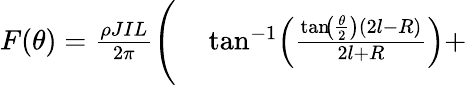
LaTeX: \begin{array}{rl}{F(\theta)=\frac{\rho JIL}{2\pi}\Bigg(}&{{}\tan^{-1}\! \left(\frac{\tan\! \left(\frac{\theta}{2}\right)\left(2l-R\right)}{2l+R}\right)+}\end{array}